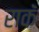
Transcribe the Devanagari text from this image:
राकॅ